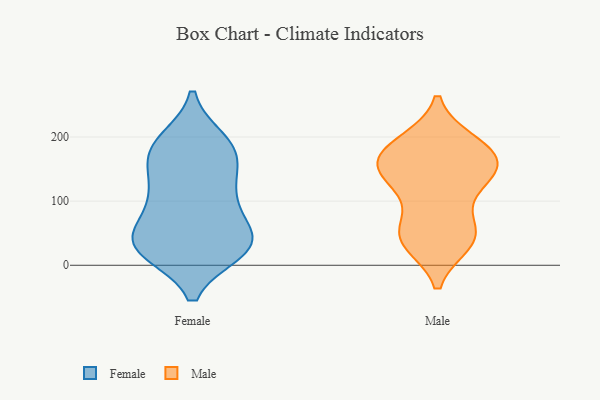
{"axis": {"x": "Latency (ms)", "y": "Value"}, "legend": ["Female", "Male"], "data": [{"x": "", "y": 171, "type": "Female"}, {"x": "", "y": 193, "type": "Female"}, {"x": "", "y": 180, "type": "Female"}, {"x": "", "y": 33, "type": "Female"}, {"x": "", "y": 49, "type": "Female"}, {"x": "", "y": 23, "type": "Female"}, {"x": "", "y": 177, "type": "Female"}, {"x": "", "y": 24, "type": "Female"}, {"x": "", "y": 28, "type": "Female"}, {"x": "", "y": 188, "type": "Female"}, {"x": "", "y": 38, "type": "Female"}, {"x": "", "y": 88, "type": "Female"}, {"x": "", "y": 113, "type": "Female"}, {"x": "", "y": 145, "type": "Female"}, {"x": "", "y": 95, "type": "Female"}, {"x": "", "y": 34, "type": "Female"}, {"x": "", "y": 33, "type": "Female"}, {"x": "", "y": 118, "type": "Female"}, {"x": "", "y": 139, "type": "Male"}, {"x": "", "y": 181, "type": "Male"}, {"x": "", "y": 166, "type": "Male"}, {"x": "", "y": 166, "type": "Male"}, {"x": "", "y": 44, "type": "Male"}, {"x": "", "y": 188, "type": "Male"}, {"x": "", "y": 137, "type": "Male"}, {"x": "", "y": 36, "type": "Male"}, {"x": "", "y": 146, "type": "Male"}, {"x": "", "y": 45, "type": "Male"}, {"x": "", "y": 111, "type": "Male"}, {"x": "", "y": 43, "type": "Male"}, {"x": "", "y": 191, "type": "Male"}, {"x": "", "y": 153, "type": "Male"}, {"x": "", "y": 58, "type": "Male"}]}